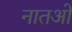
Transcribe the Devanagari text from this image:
नातओं